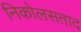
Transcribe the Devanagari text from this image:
निकोलसताद